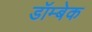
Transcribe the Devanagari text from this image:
डॉम्बेक